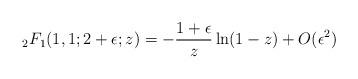
LaTeX: \begin{align*}{}_2F_1(1,1;2+\epsilon;z) = -\frac{1+\epsilon}{z} \ln(1-z) + O(\epsilon^2)\end{align*}